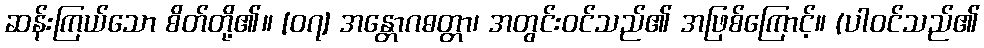
ဆန်းကြယ်သော စိတ်တို့၏။ [၀၇] အန္တောဂဓတ္တာ၊ အတွင်းဝင်သည်၏ အဖြစ်ကြောင့်။ (ပါဝင်သည်၏